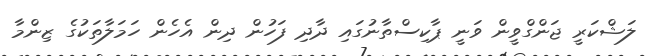
ލަޝްކަރީ ޖަންގްވީން ވަނީ ޕާކިސްތާނުގައި ދާދި ފަހުން ދިން އެހެން ހަމަލާތަކުގެ ޒިންމާ